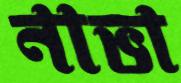
নাভা